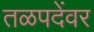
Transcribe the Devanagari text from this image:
तळपदेंवर